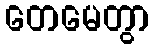
တေမေတွာ